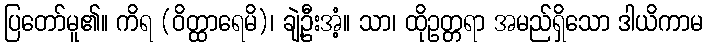
ပြတော်မူ၏။ ကိရ (ဝိတ္ထာရေမိ)၊ ချဲ့ဦးအံ့။ သာ၊ ထိုဥတ္တရာ အမည်ရှိသော ဒါယိကာမ